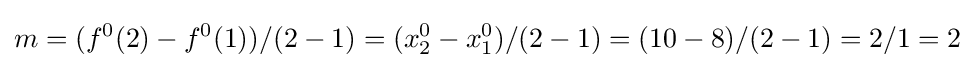
m=(f^{0}(2)-f^{0}(1))/(2-1)=(x_{2}^{0}-x_{1}^{0})/(2-1)=(10-8)/(2-1)=2/1=2